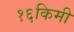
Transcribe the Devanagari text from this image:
१६किमी